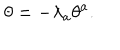
LaTeX: \theta = - \lambda _ { a } \theta ^ { a } .